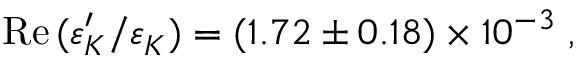
\mathrm { R e } \, ( \varepsilon _ { K } ^ { \prime } / \varepsilon _ { K } ^ { \phantom { ' } } ) = ( 1 . 7 2 \pm 0 . 1 8 ) \times 1 0 ^ { - 3 } \; ,